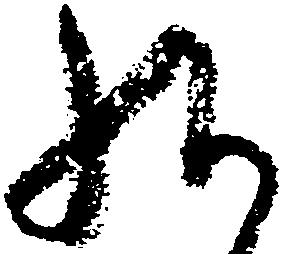
給